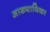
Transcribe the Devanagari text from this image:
अाख्यायिका